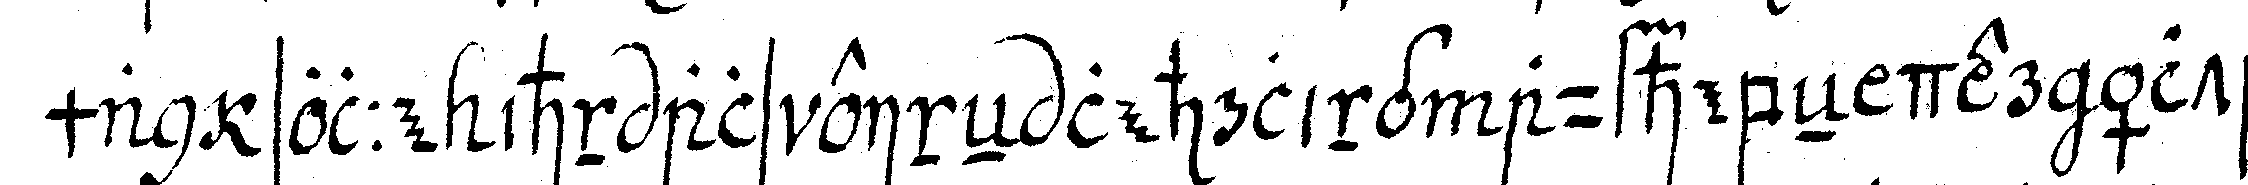
man solle ihn als eineN lehrling aufhebeN der älte